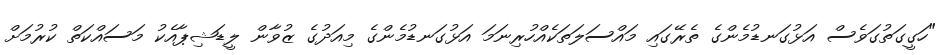
"ހަގީގަތުގަވެސް އަޅުގަނޑުމެންގެ ތެރޭގައި މައްސަލަތަކެއްހުރިނަމަ އަޅުގަނޑުމެންގެ މިއަދުގެ ޒުވާން ލީޑަޝިޕާއެކު މަސައްކަތް ކުރުމަށް